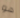
هو